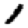
Digit: 1